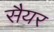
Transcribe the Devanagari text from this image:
सैयर